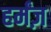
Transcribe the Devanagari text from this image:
हर्मंज़